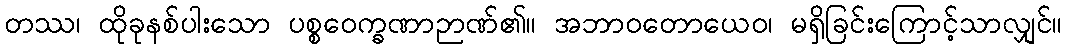
တဿ၊ ထိုခုနစ်ပါးသော ပစ္စဝေက္ခဏာဉာဏ်၏။ အဘာဝတောယေဝ၊ မရှိခြင်းကြောင့်သာလျှင်။